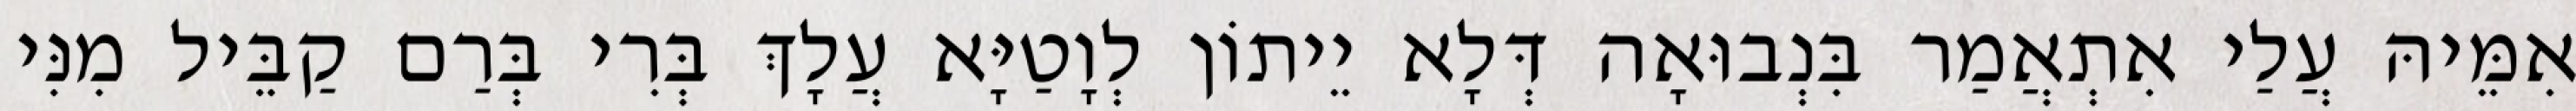
אִמֵּיהּ עֲלַי אִתְאֲמַר בִּנְבוּאָה דְּלָא יֵיתוֹן לְוָטַיָּא עֲלָךְ בְּרִי בְּרַם קַבֵּיל מִנִּי